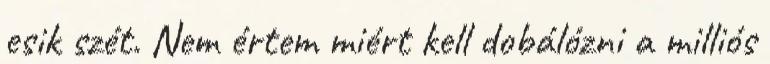
esik szét. Nem értem miért kell dobálózni a milliós